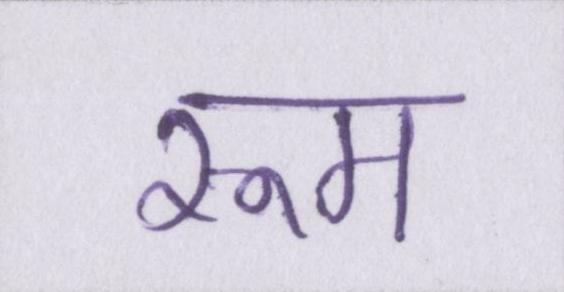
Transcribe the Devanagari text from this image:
रूम